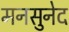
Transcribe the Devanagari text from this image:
मनसुनेद